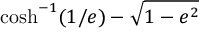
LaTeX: \cosh ^ { - 1 } ( 1 / e ) - { \sqrt { 1 - e ^ { 2 } } }